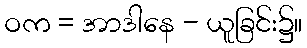
ဝက = အာဒါနေ - ယူခြင်း၌။